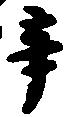
辛